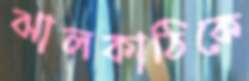
ঝালকাঠিকে